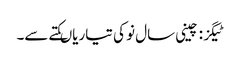
ٹیگز : چینی سال نو کی تیاریاںکتے سے۔